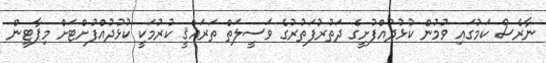
ނާރެސް ކަމުގައި ވުމުން ކުޅުދުއްފުށީގެ ދަތުރުފަތުރުގެ ވަސީލަތް ތަރައްޤީ ކުރުމަކީ ކުޅުދުއްފުށްޓަށް މިޕާޓީން